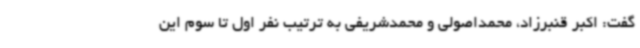
گفت: اکبر قنبرزاد، محمداصولی و محمدشریفی به ترتیب نفر اول تا سوم این